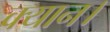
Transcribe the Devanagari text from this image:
क्यान।